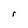
Character: r